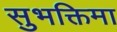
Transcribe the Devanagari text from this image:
सुभक्तिमा